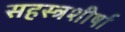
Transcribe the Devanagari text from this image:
सहस्त्रशीर्षा